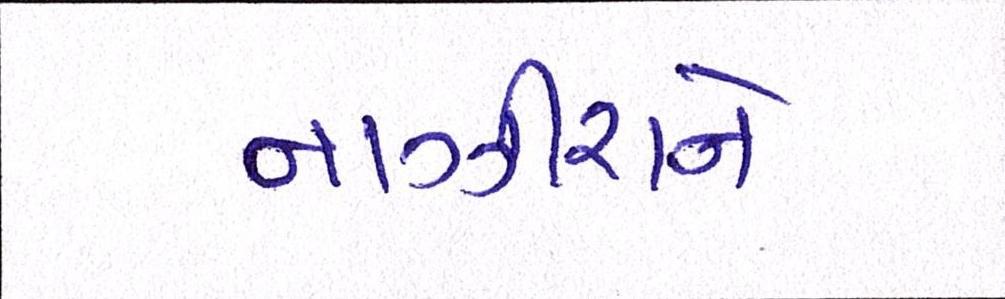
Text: નાઝીરાને